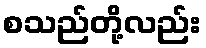
စသည်တို့လည်း